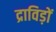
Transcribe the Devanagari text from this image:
द्राविड़ों